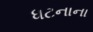
ધટનાના